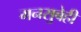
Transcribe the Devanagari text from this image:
मनसुबेही